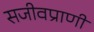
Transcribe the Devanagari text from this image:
सजीवप्राणी